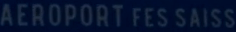
AEROPORT FES SAISS